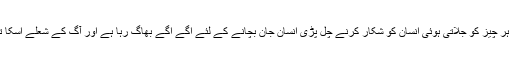
کبھی آگ لگی اور یہ آگ ہر چیز کو جلاتی ہوئی انسان کو شکار کرنے چل پڑی انسان جان بچانے کے لئے آگے آگے بھاگ رہا ہے اور آگ کے شعلے اسکا تعاقب کرتے آ رہے ہیں ۔